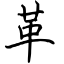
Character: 革